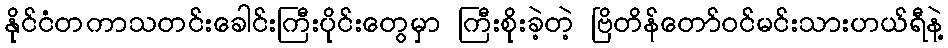
နိုင်ငံတကာသတင်းခေါင်းကြီးပိုင်းတွေမှာ ကြီးစိုးခဲ့တဲ့ ဗြိတိန်တော်ဝင်မင်းသားဟယ်ရီနဲ့